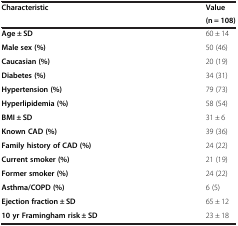
<table><thead><tr><td><b>Characteristic</b></td><td><b>Value</b></td></tr><tr><td><b> </b></td><td><b>(n = 108)</b></td></tr></thead><tbody><tr><td><b>Age ± SD</b></td><td>60 ± 14</td></tr><tr><td><b>Male sex (%)</b></td><td>50 (46)</td></tr><tr><td><b>Caucasian (%)</b></td><td>20 (19)</td></tr><tr><td><b>Diabetes (%)</b></td><td>34 (31)</td></tr><tr><td><b>Hypertension (%)</b></td><td>79 (73)</td></tr><tr><td><b>Hyperlipidemia (%)</b></td><td>58 (54)</td></tr><tr><td><b>BMI ± SD</b></td><td>31 ± 6</td></tr><tr><td><b>Known CAD (%)</b></td><td>39 (36)</td></tr><tr><td><b>Family history of CAD (%)</b></td><td>24 (22)</td></tr><tr><td><b>Current smoker (%)</b></td><td>21 (19)</td></tr><tr><td><b>Former smoker (%)</b></td><td>24 (22)</td></tr><tr><td><b>Asthma/COPD (%)</b></td><td>6 (5)</td></tr><tr><td><b>Ejection fraction ± SD</b></td><td>65 ± 12</td></tr><tr><td><b>10 yr Framingham risk ± SD</b></td><td>23 ± 18</td></tr></tbody></table>